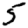
Digit: 5